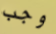
وجب